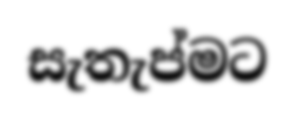
සැතැප්මට